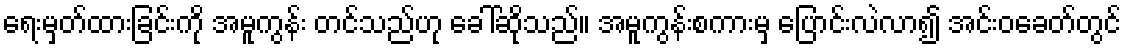
ရေးမှတ်ထားခြင်းကို အမူကွန်း တင်သည်ဟု ခေါ်ဆိုသည်။ အမူကွန်းစကားမှ ပြောင်းလဲလာ၍ အင်းဝခေတ်တွင်